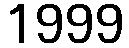
1999